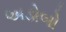
અડોબો